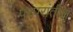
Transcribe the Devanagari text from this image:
परंपरांतील